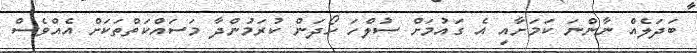
ބަދަލެއް ނާންނަ ކަމަށާއި އެ ގައުމަށް ސުލްހަ ހޯދަން ކުރަމުންދާ މަސައްކަތްތަކަށް އެއްވެސް